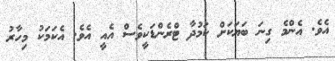
އެވެ. އެންމެ ގިނަ ބަޔަކަށް ކަމުދާ ޓްރެންޑަކީވެސް އެއީ އެވެ. އެކަމަކު މިހާރު